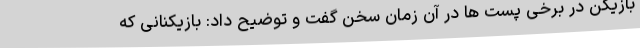
بازیکن در برخی پست ها در آن زمان سخن گفت و توضیح داد: بازیکنانی که